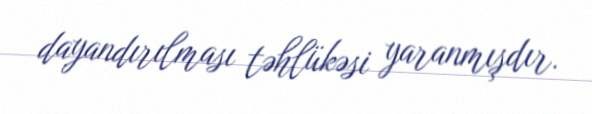
dayandırılması təhlükəsi yaranmışdır.